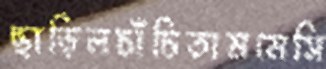
ছাড়িলচাঁচিতামমেসি